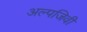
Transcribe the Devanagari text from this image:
अल्पजिवी